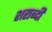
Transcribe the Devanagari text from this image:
शराब्दी